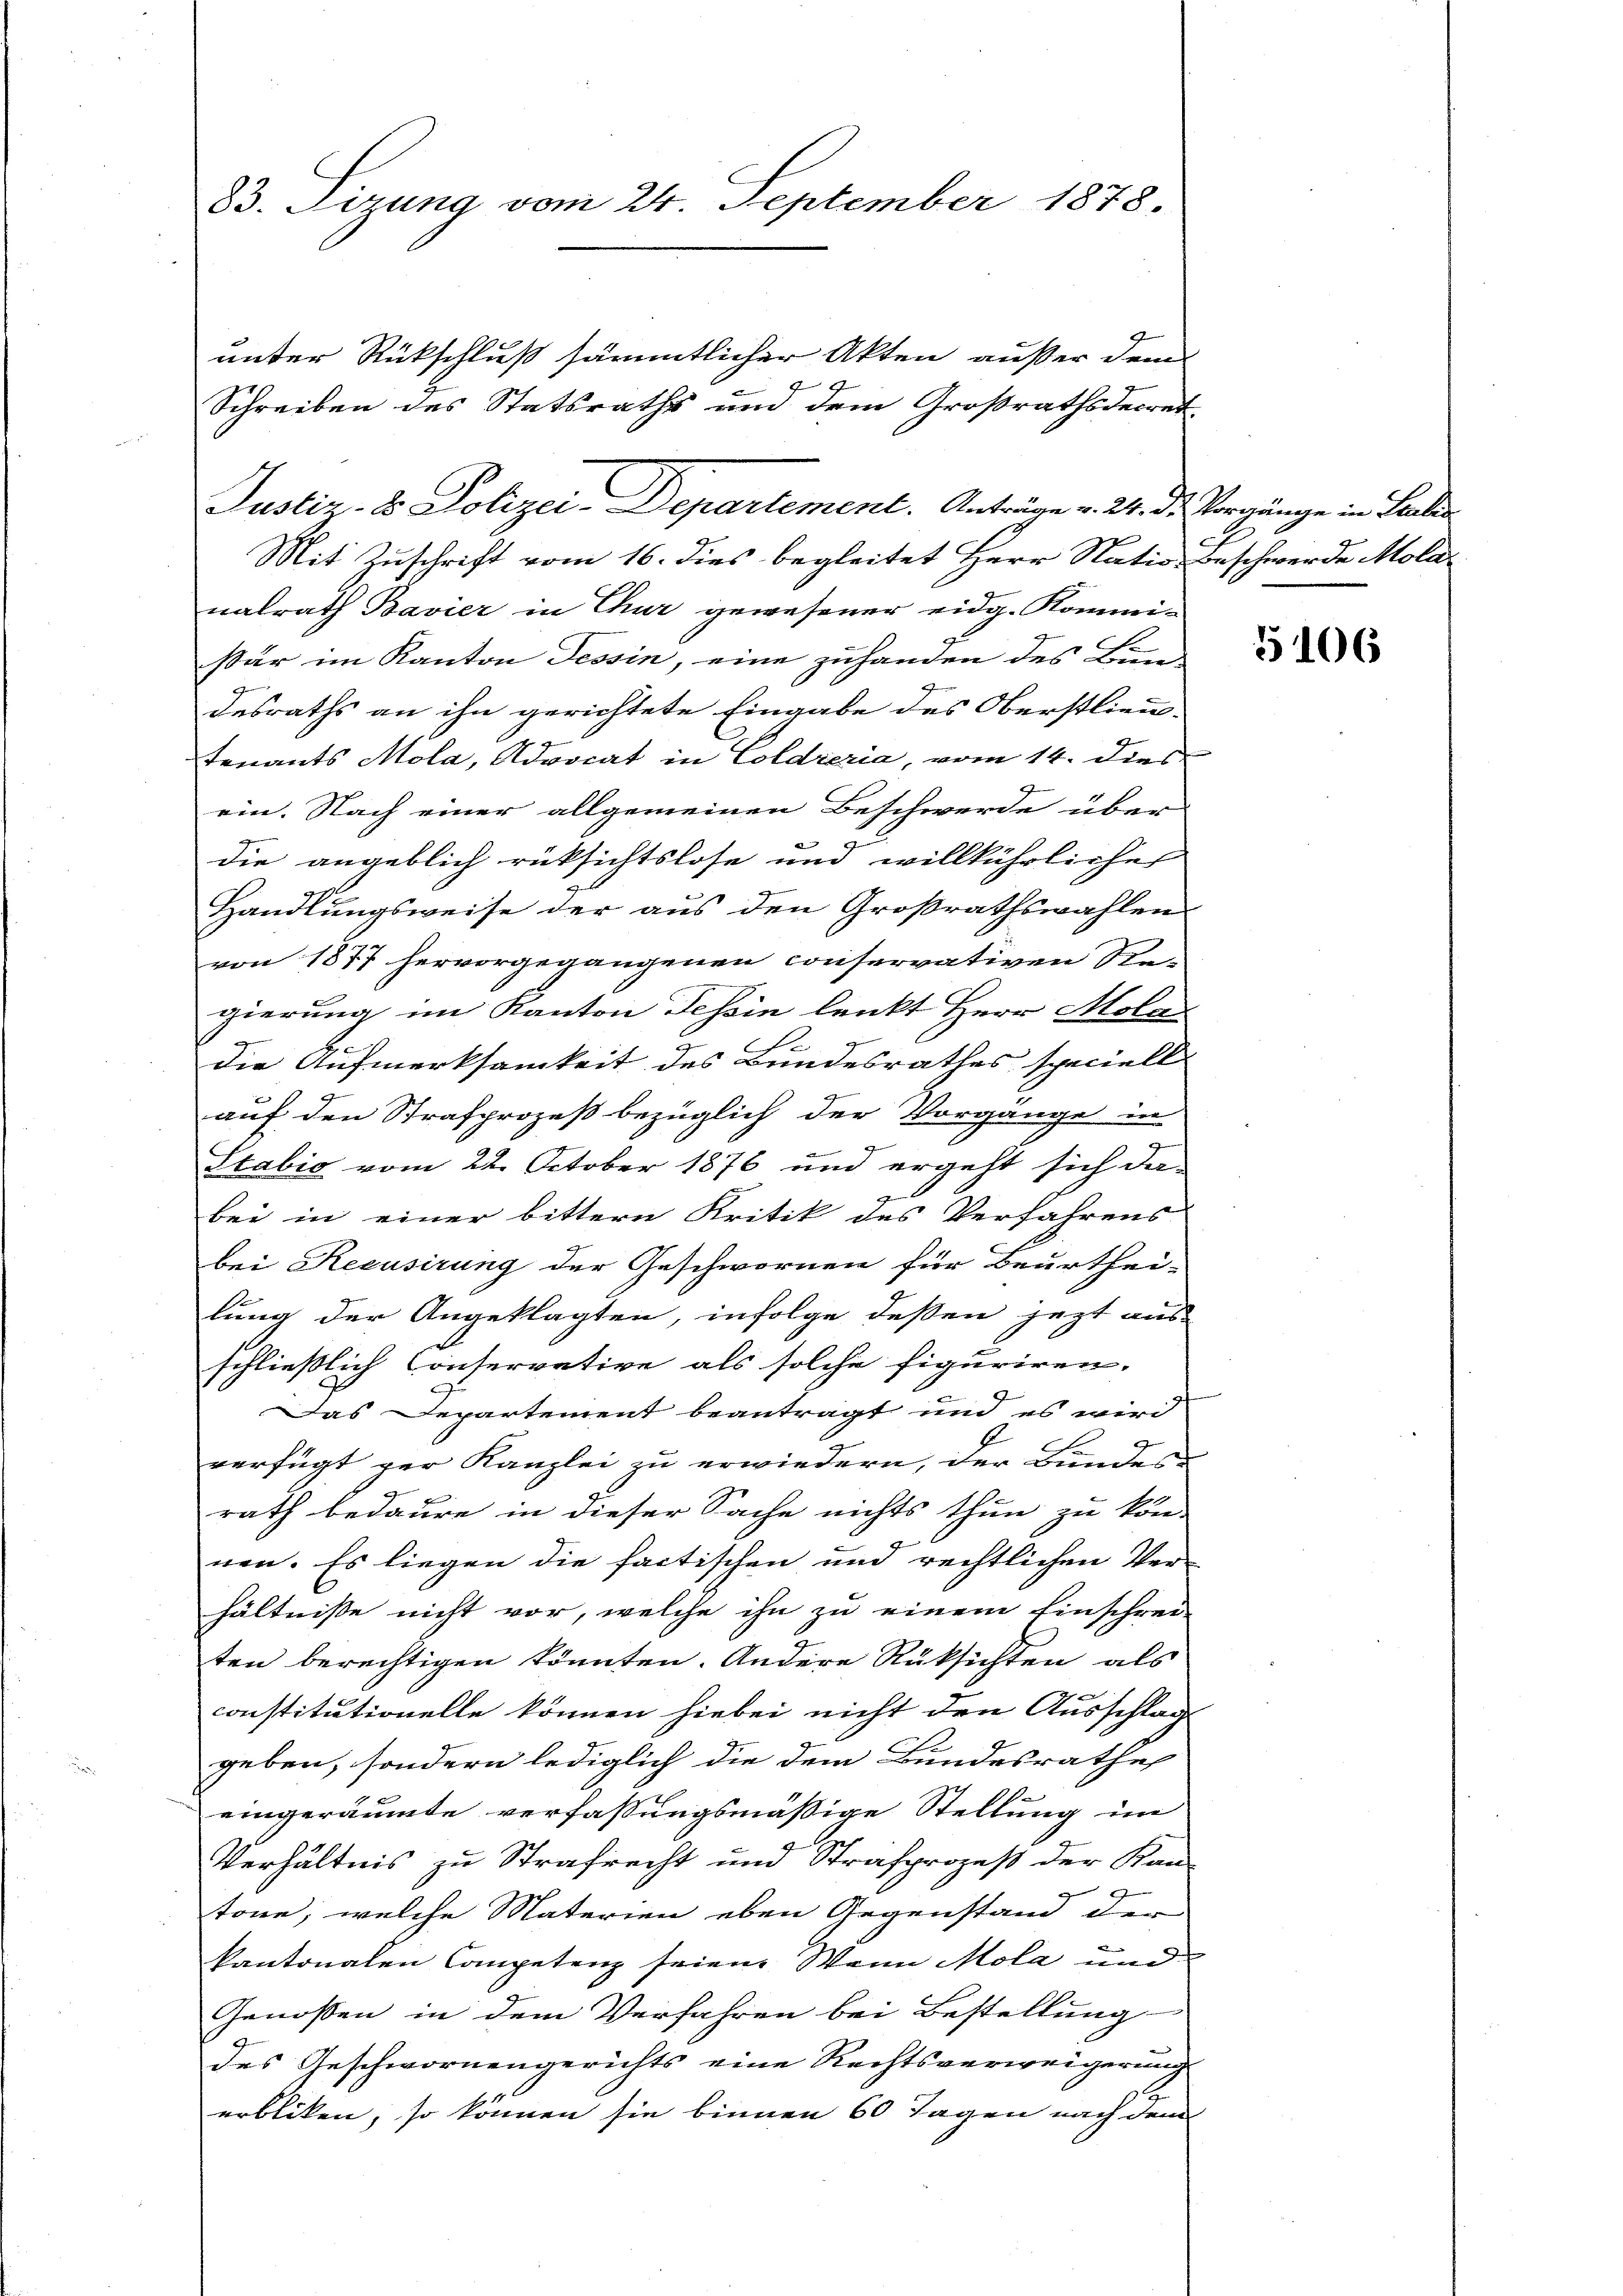
83. Sizung vom 24. September 1878.

unter Rückschluß sämmtlicher Akten außer dem
.
Justiz- & Polizei-Departement. Anträge v. 24. Dr. Vorgänge in Lealis
Mit Zuschrift vom 16. dies begleitet Herr Natio Beschwerde Mola-
nalrath Bavier in Chur gewesener eidg. Kommisär im Kanton Tessin, eine zuhanden des Bun-
desraths an ihn gerichtete Eingabe des Oberstlieutenants Mola, Advocat in Coldreria, vom 14. dies
ein. Nach einer allgemeinen Beschwerde über
1
die angeblich rüksichtslose und willkührliche
Handlungsweise der aus den Großrathswahlen
von 1877 hervorgegangenen conservativen Re-
gierung im Kanton Tessin lenkt Herr Mola
f
.
9.
.
die Aufmerksamkeit des Bundesrathes speciell
g
u
auf den Strafprozeß bezüglich der Vorgänge in
.
Stabić vom 22. October 1876 und ergeht sich da-
g
bei in einer bittern Kritik des Verfahrens
bei Recusirung der Geschwornen für Beurthei-
lung der Angeklagten, infolge deßen jezt aus
schließlich Conservative als solche figuriren.
Das Departement beantragt und es wird
verfügt ger Kanzlei zu erwiedern, der Bundes-
rath bedaure in dieser Sache nichts thun zu kön-
nen. Es liegen die factischen und rechtlichen Ver-
hältnisse nicht vor, welche ihn zu einem Einschrei-
ten berechtigen könnten. Andere Rüksichten als
constitutionelle können hiebei nicht den Ausschlag
geben, sondern lediglich die dem Bundesrathe
1
eingeräumte verfassungsmässige Stellung im
Verhältnis zu Strafrecht und Strafprozeß der Kan-
töne, welche Materien eben Gegenstand der
kantonalen Competenz seien. Wann Mola und
Genoßen in dem Verfahren bei Bestellung
des Geschwornengerichts eine Rechtsverweigerung
erbliken, so können sie binnen 60 Tagen nach dem

Schreiben des Statsraths und dem Großrathsdecret
e

c

5106